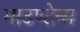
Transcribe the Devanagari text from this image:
माउण्टेन्स